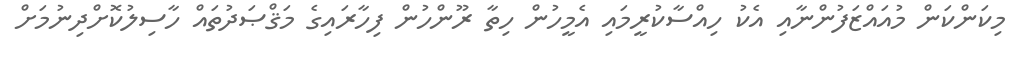
މިކަންކަން މުއައްޒަފުންނާއި އެކު ހިއްސާކުރީމައި އެމީހުން ހިތާ ރޫންހުން ފިހާރައިގެ މަޤްޞަދުތައް ހާސިލުކޮށްދިނުމަށް